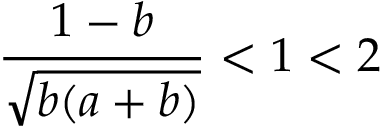
\frac { 1 - b } { \sqrt { b ( a + b ) } } < 1 < 2